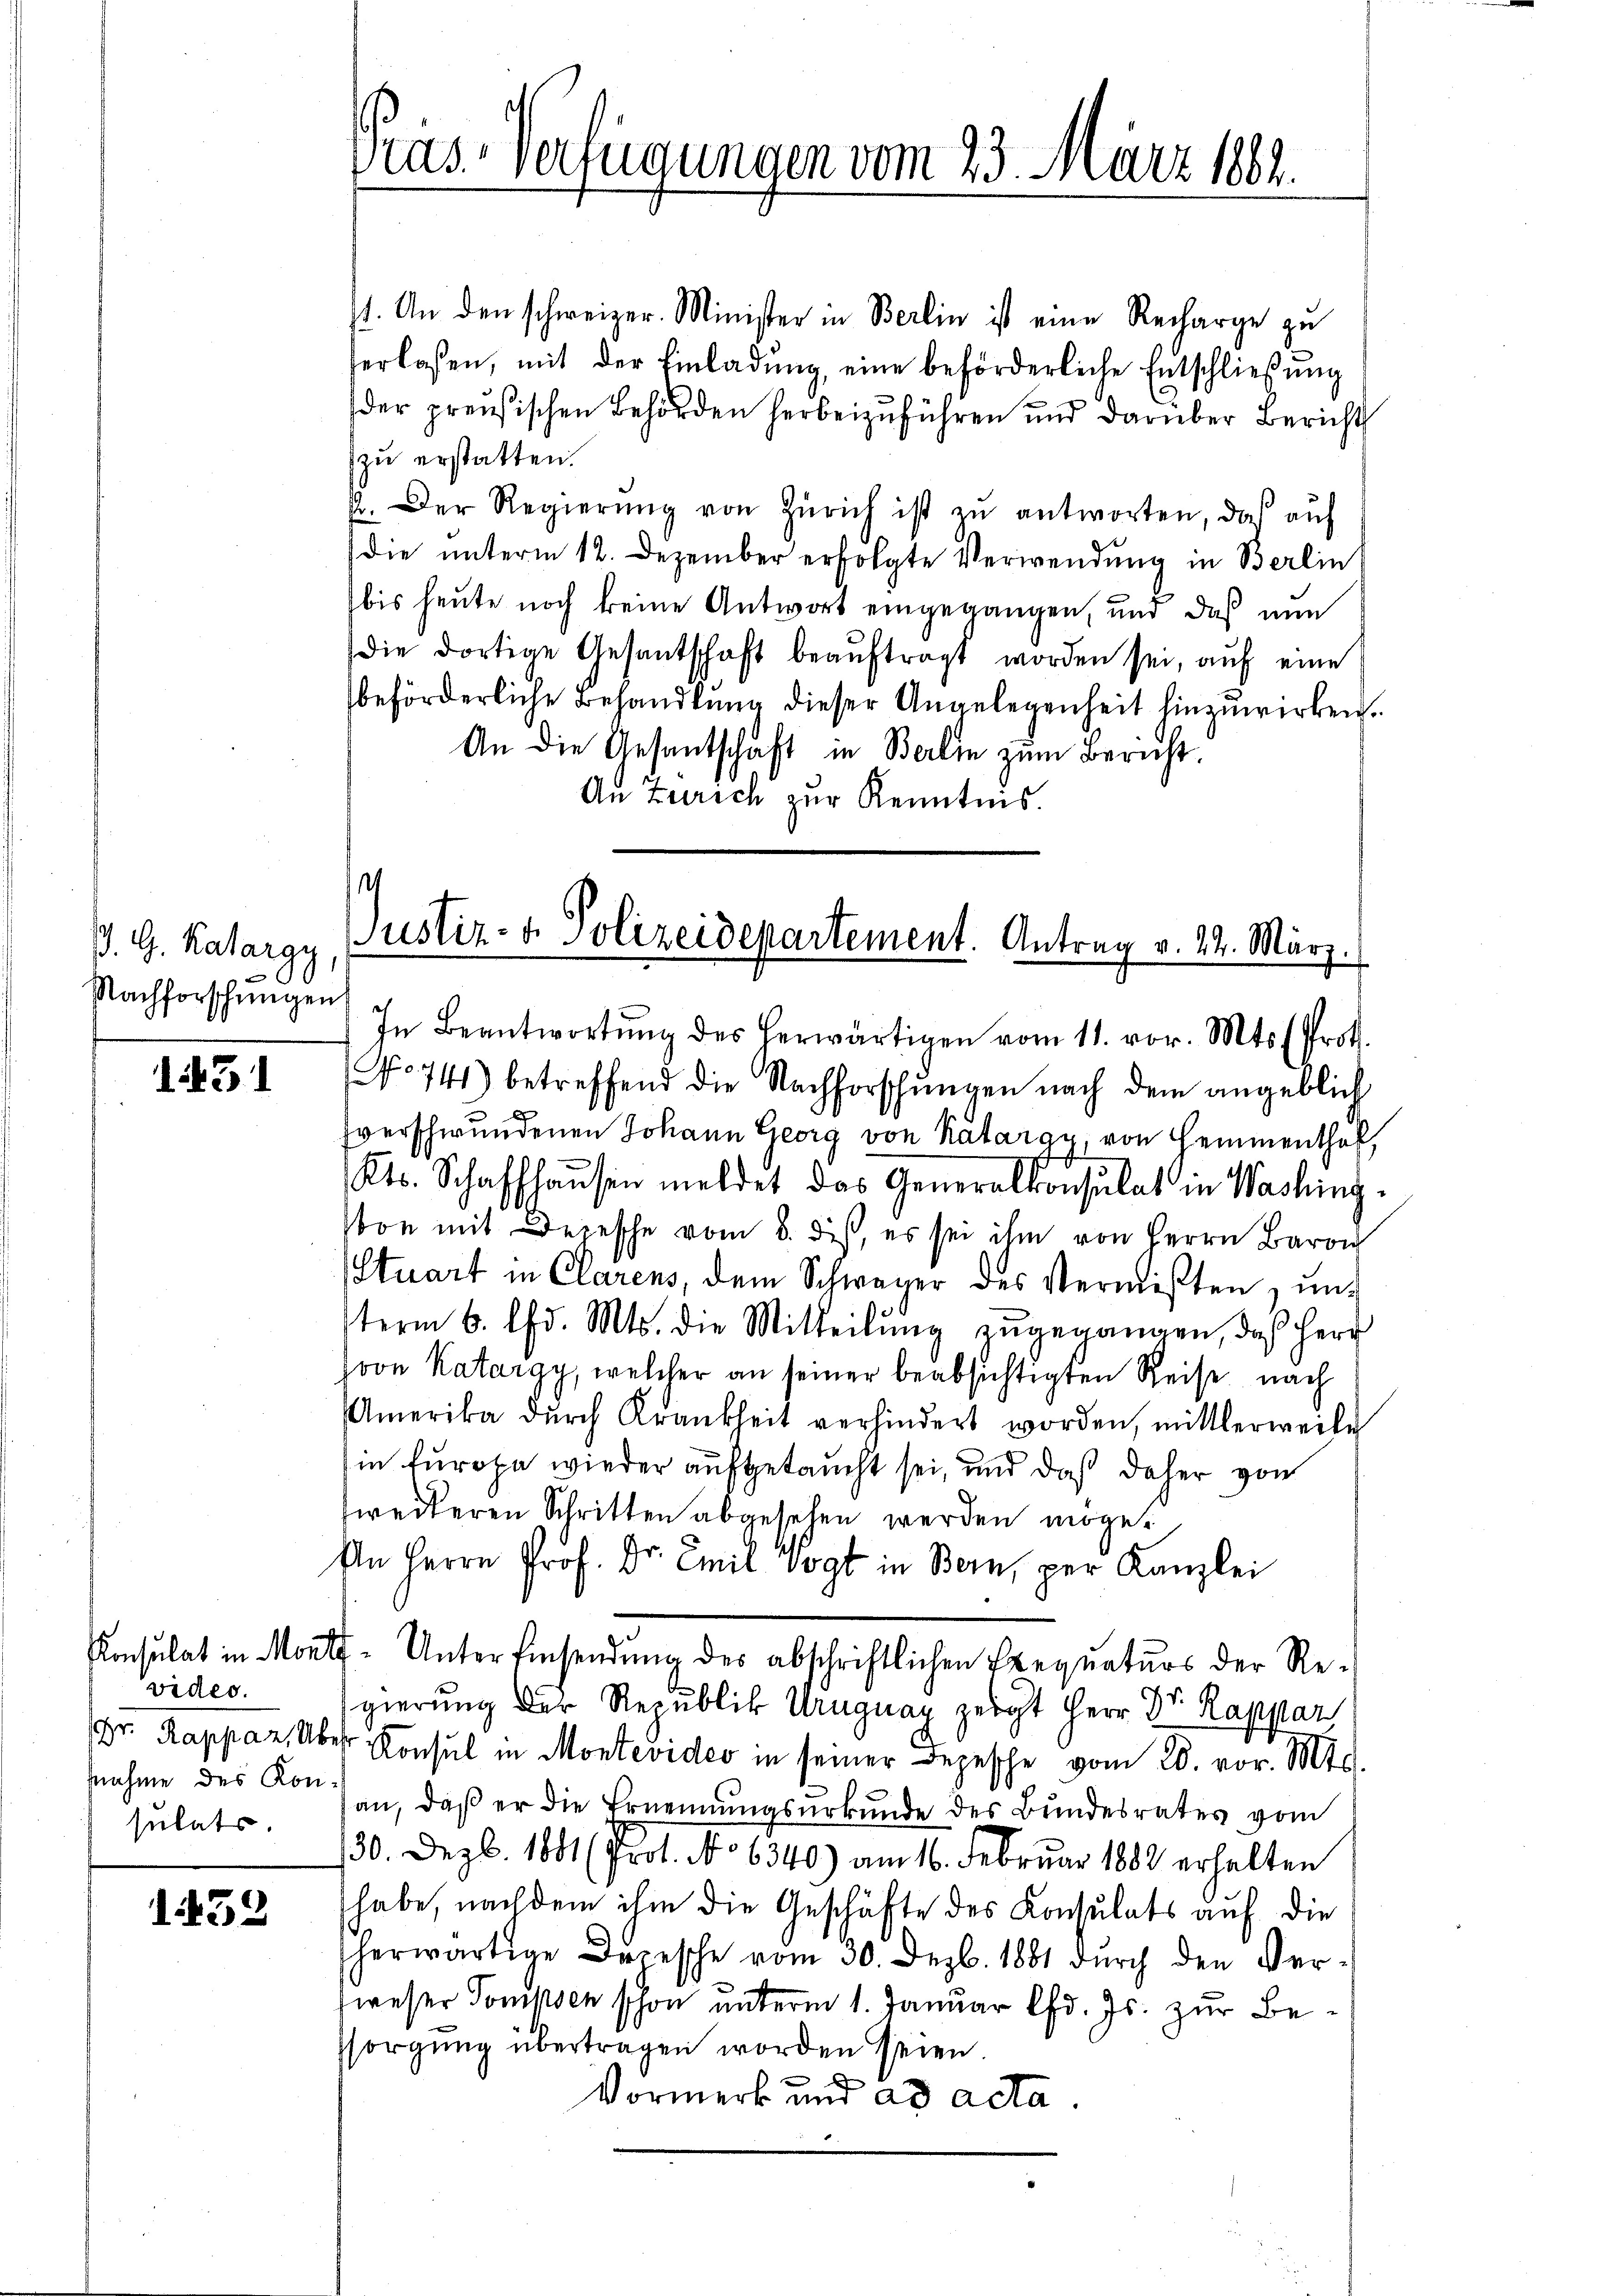
D. G. Katargy
Nachforschungen

1231

video.
nnahme des Konsulats.

.452

st. An den schweizer. Minister in Berlin ist eine Recharge zu
herlassen, mit der Einladŭng, eine beförderliche Entschlieβŭng
der preußischen Behörden herbeizuführen und darüber Bericht
zu erstatten.
. Der Regierŭng von Zürich ist zŭ antworten, das aŭf
die unterm 12. Dezember erfolgte Verwendung in Berlin
bis heute noch keine Antwort eingegangen, und daß nun
die dortige Gesantschaft beauftragt worden sei, auf eine
beförderliche Behandlung dieser Angelegenheit hinzuwirken.
An die Gesantschaft in Berlin zum Bericht.
An Zürich zur Kenntnis.

Pras-Verfügungen vom 23. März 1882.

.
Justiz- & Polizeidepartement. Antrag v. 22. März.
In Beantwortŭng des herwärtigen vom 11. vor. Mts. (Prok.

No 741) betreffend die Nachforschungen nach dem angeblich
Everschwundenen Johann Georg von Katarge von Hemmenthal,
Kts. Schaffhausen meldet das Generalkonsulat in Washing
von mit Depesche vom 8. des, es sei ihm von Herrn Baro
Stuart in Clarens, dem Schwager des Vermißten, unterm 6. Chr. Mts. die Mitteilŭng zŭgegangen, daß Herr
soon Katargy, welcher an seiner beabsichtigten Reise nach
Amerika durch Krankheit verhindert worden, mittlerweile
in Europa wieder aufgetaucht sei, und daß daher von
weiteren Schritten abgesehen werden möge.
An Herrn Prof. Dr. Emil Vogt in Bern, per Kanzlei
Amtulat in Monty- Unter Einsendung des abschriftlichen Exequaturs der Regierung der Republik Uruguay zeigt Herr Dr. Rappar
Dr. Rappaz, Über Konsul in Montevideo in seiner Depesche vom 20. vor. Mts.
an, daß er die Ernennungsurkunde des Bundesrates vom
130. Dezb. 1881 (Prot. No 6340) am 16. Februar 1888 erhalten
habe, nach dem ihm die Geschäfte des Konsulats auf die
herwärtige Depesche vom 30. Dezb. 1881 dŭrch den Ver-
weser Pompsen schon unterm 1. Januar lfd. Js. zur Besorgung übertragen worden seien
Vormerk und ad acta.